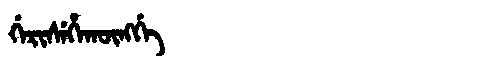
Manchu: ᡤᡝᡵᡳᠰᡝᡥᠠᡴᡡᠩᡤᡝ
Romanization: GERISEHAKŪNGGE